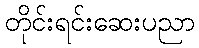
တိုင်းရင်းဆေးပညာ